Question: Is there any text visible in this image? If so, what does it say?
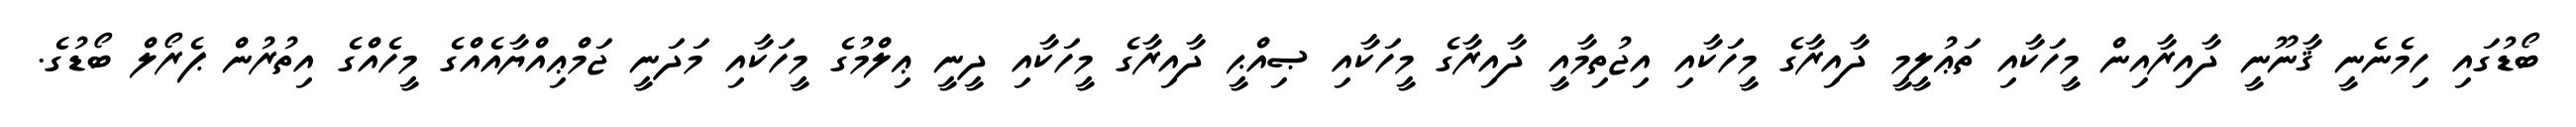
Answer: ބޯޑުގައި ހިމެނެނީ ޤާނޫނީ ދާއިރާއިން މީހަކާއި ތަޢުލީމީ ދާއިރާގެ މީހަކާއި އިޖުތިމާއީ ދާއިރާގެ މީހަކާއި ޞިއްޙީ ދާއިރާގެ މީހަކާއި ދީނީ ޢިލްމުގެ މީހަކާއި މަދަނީ ޖަމްޢިއްޔާއެއްގެ މީހެއްގެ އިތުރުން ޕެރޯލް ބޯޑުގެ.